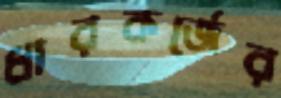
ধারকর্জের